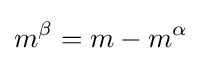
m^{\beta }=m-m^{\alpha }